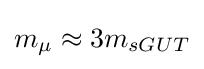
m_{\mu }\approx 3m_{sGUT}